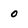
Character: 0